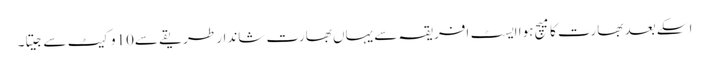
اسکے بعد بھارت کا میچ ہوا ایسٹ افریقہ سے یہاں بھارت شاندار طریقے سے10وکیٹ سے جیتا۔